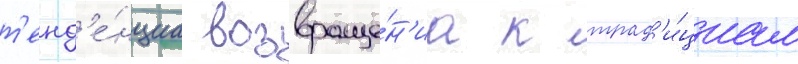
т'енд'е́нциа возвраще́н'иа к трад'и́циам